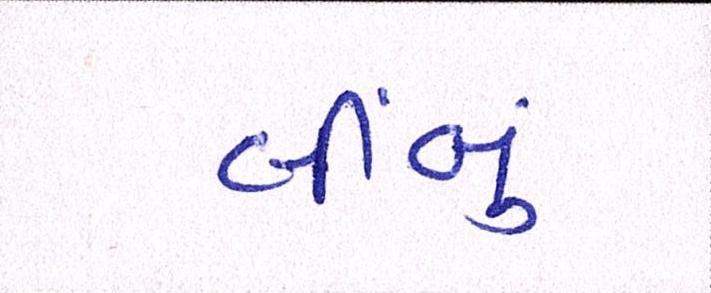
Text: લીબું